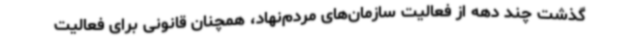
گذشت چند دهه از فعالیت سازمان‌های مردم‌نهاد، همچنان قانونی برای فعالیت